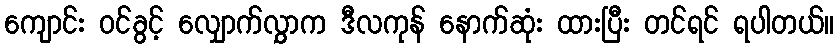
ကျောင်း ဝင်ခွင့် လျှောက်လွှာက ဒီလကုန် နောက်ဆုံး ထားပြီး တင်ရင် ရပါတယ်။